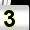
Digit: 3